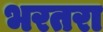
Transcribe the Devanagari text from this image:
भरतरा